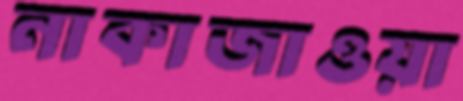
নাকাজাওয়া